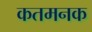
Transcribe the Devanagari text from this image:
कतमनक